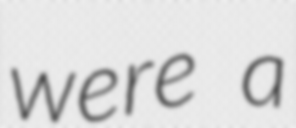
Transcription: were a